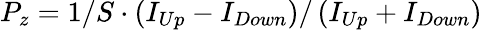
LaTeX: P_{z}=1/S\cdot\left(I_{Up}-I_{Down}\right)/\left(I_{Up}+I_{Down}\right)